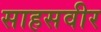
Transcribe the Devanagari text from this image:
साहसवीर